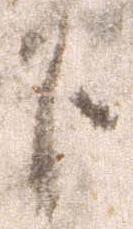
下